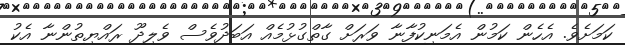
ކަމަށެވެ. އެހެން ކަމުން އެމަނިކުފާނާ ވަރަށް ގާތްގުޅުމެއް އަބަދުވެސް ވެލިދޫ ރައްޔިތުންނާ އެކު